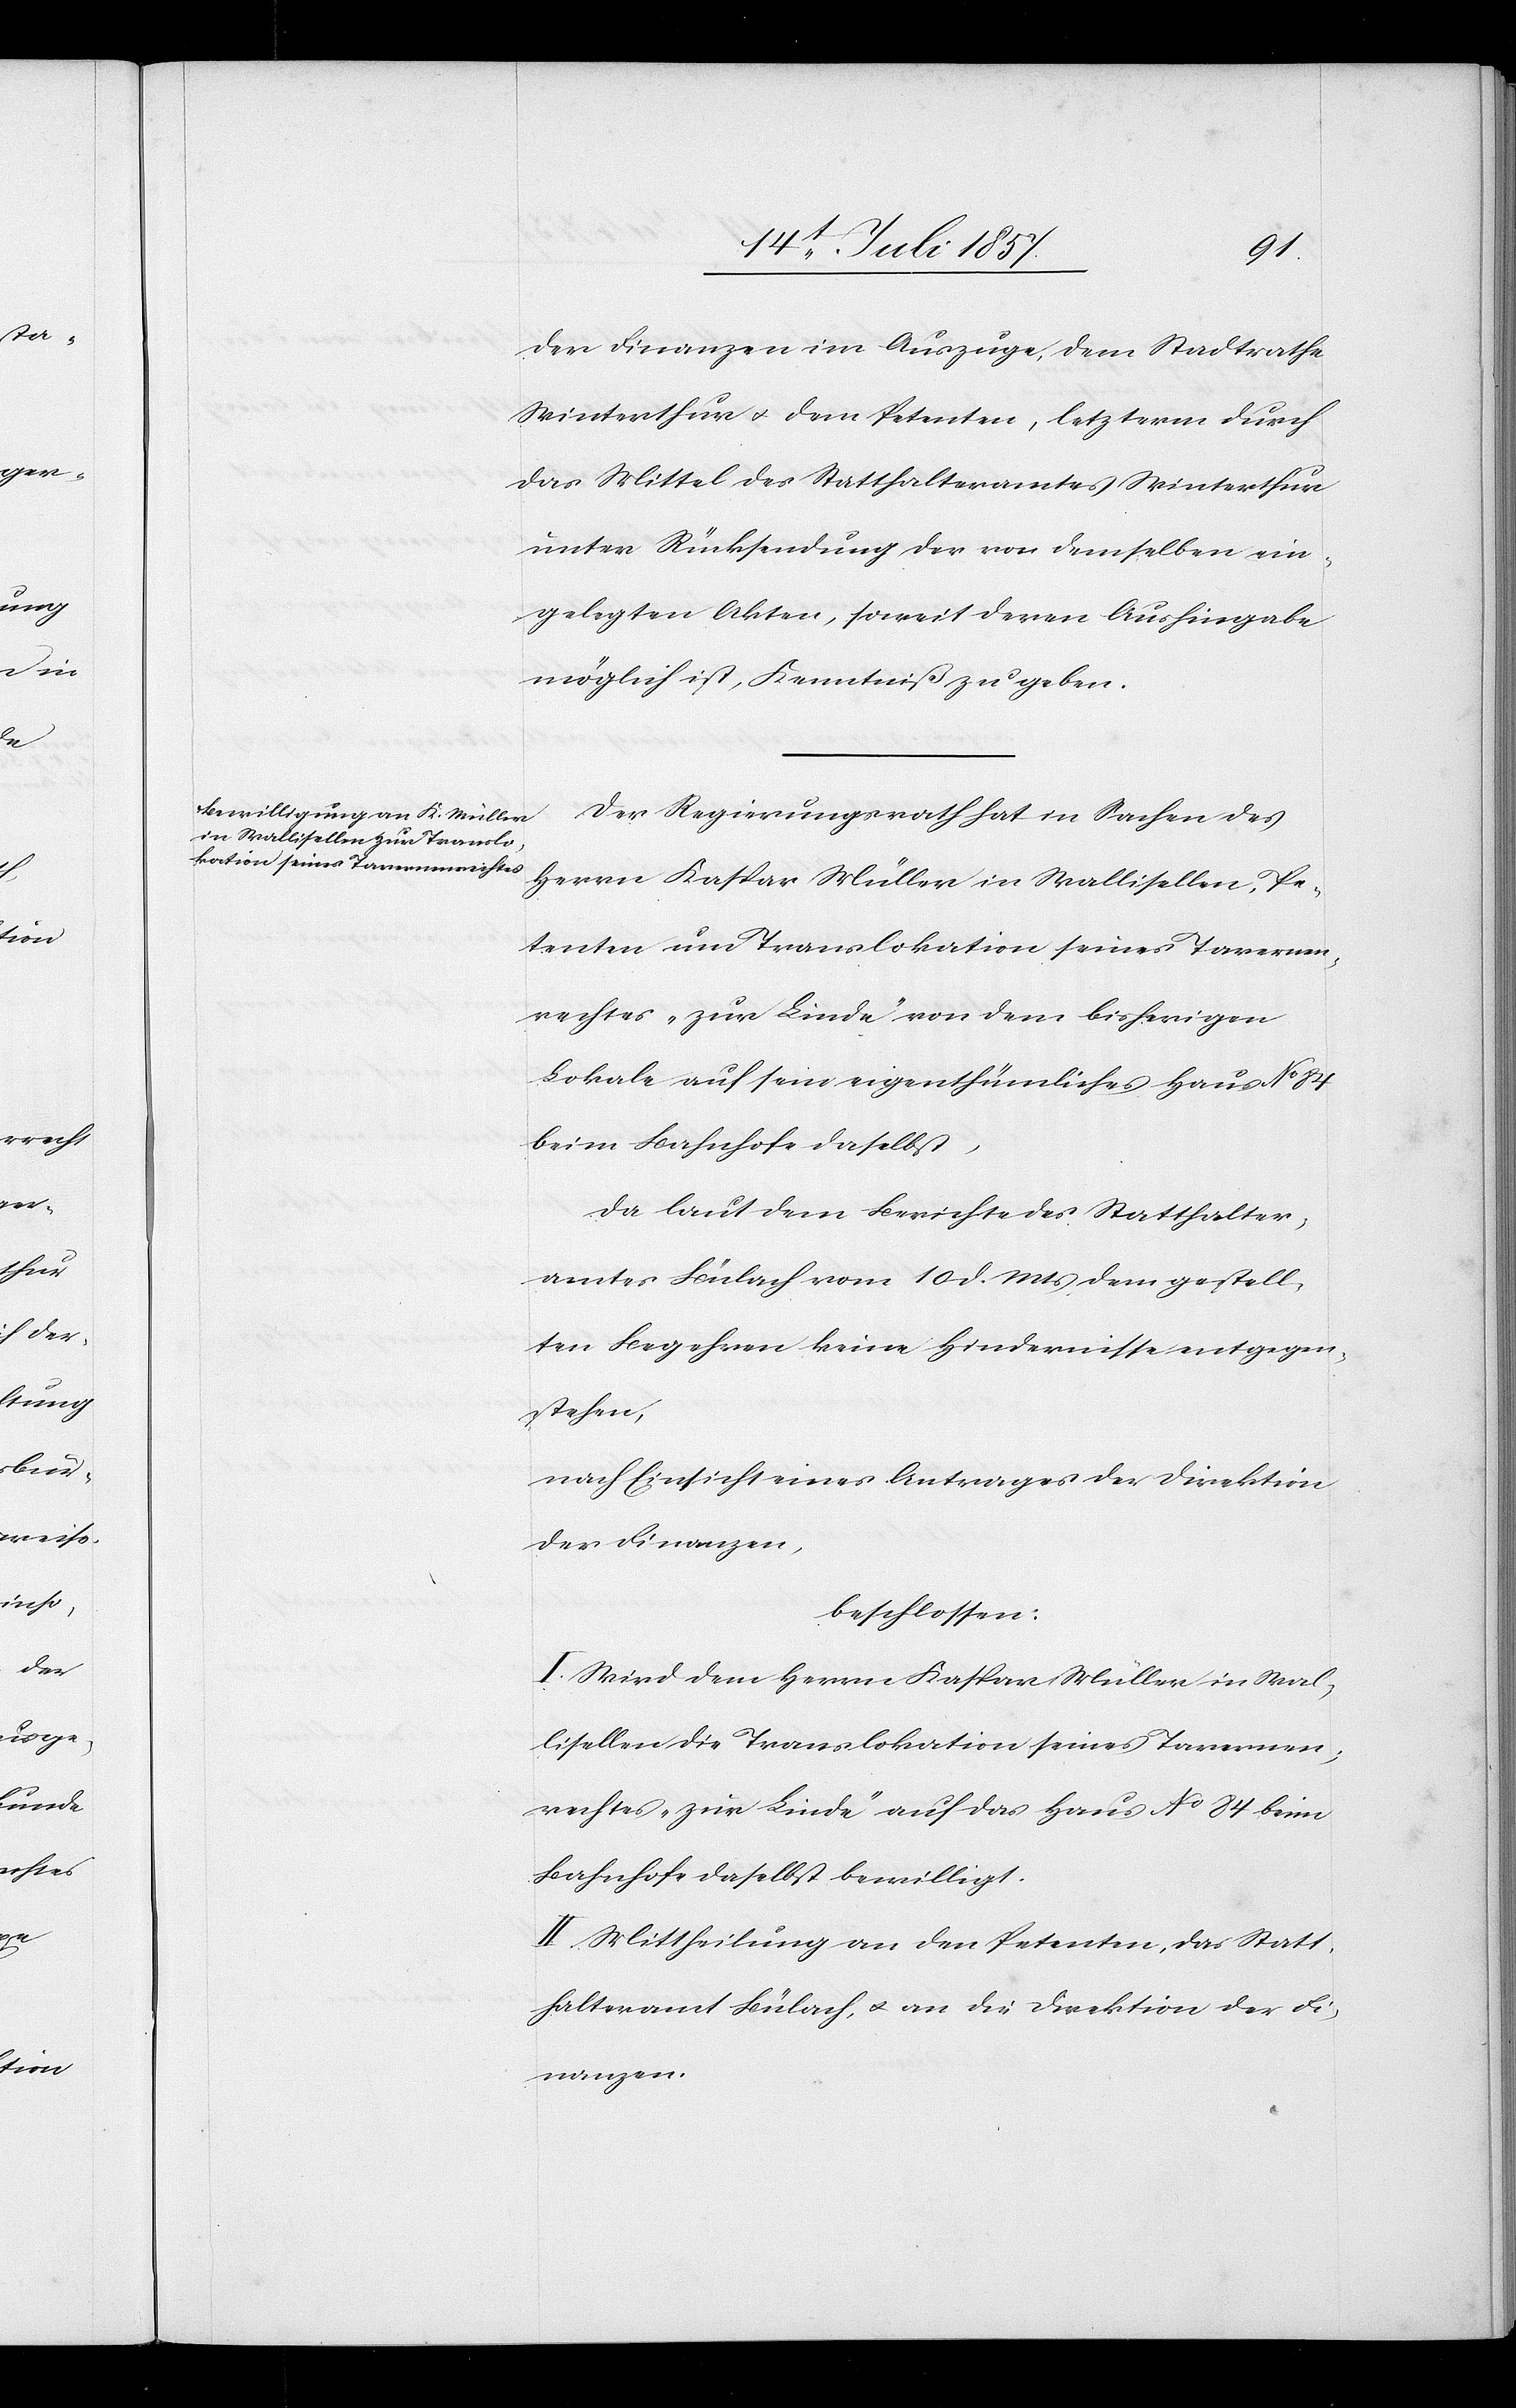
der Finanzen im Auszuge, dem Stadtrathe
Winterthur & dem Petenten, letzterm durch
das Mittel des Statthalteramtes Winterthur
unter Rücksendung der von demselben ein¬
gelegten Akten, soweit deren Aushingabe
möglich ist, Kenntniß zu geben.
Der Regierungsrath hat in Sachen des
Herrn Kaspar Müller in Wallisellen, Pe¬
tenten um Translokation seines Tavernen¬
rechtes „zur Linde“ von dem bisherigen
Lokale auf sein eigenthümliches Haus No
beim Bahnhofe daselbst,
da laut dem Berichte des Statthalter¬
amtes Bülach vom 10 d. Mts. dem gestell¬
ten Begehren keine Hindernisse entgegen¬
stehen,
nach Einsicht eines Antrages der Direktion
der Finanzen,
beschlossen:
I. Wird dem Herrn Kaspar Müller in Wal¬
lisellen die Translokation seines Tavernen¬
rechtes „zur Linde“ auf das Haus No 84 beim
Bahnhofe daselbst bewilligt.
II. Mittheilung an den Petenten, das Statt¬
halteramt Bülach, & an die Direktion der Fi¬
nanzen.